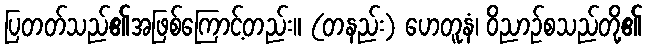
ပြတတ်သည်၏အဖြစ်ကြောင့်တည်း။ (တနည်း) ဟေတူနံ၊ ဝိညာဉ်စသည်တို့၏